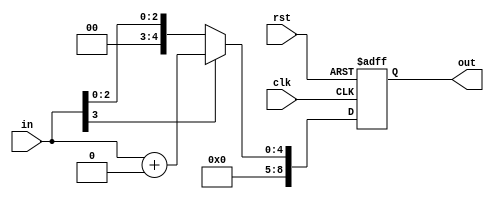
module extend_4_9s (rst, clk, in, out);

    input rst, clk;
    input [3:0] in;
    output [8:0] out;
    reg [8:0] out;

        always @ (negedge rst or posedge clk) begin
          if(!rst) begin
                out <= #1 9'b000000000;
          end else if(in[3])
                out <= #1 in + 9'b000000000;
          else
                out <= #1 in;
         end
endmodule